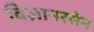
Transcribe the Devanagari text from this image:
विज्ञानरसेन